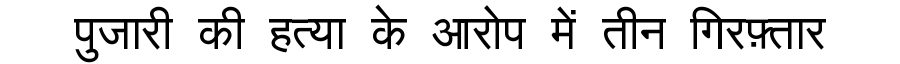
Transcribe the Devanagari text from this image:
पुजारी की हत्या के आरोप में तीन गिरफ़्तार